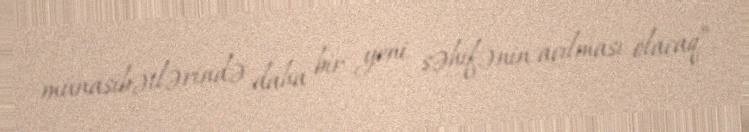
münasibətlərində daha bir yeni səhifənin açılması olacaq”.